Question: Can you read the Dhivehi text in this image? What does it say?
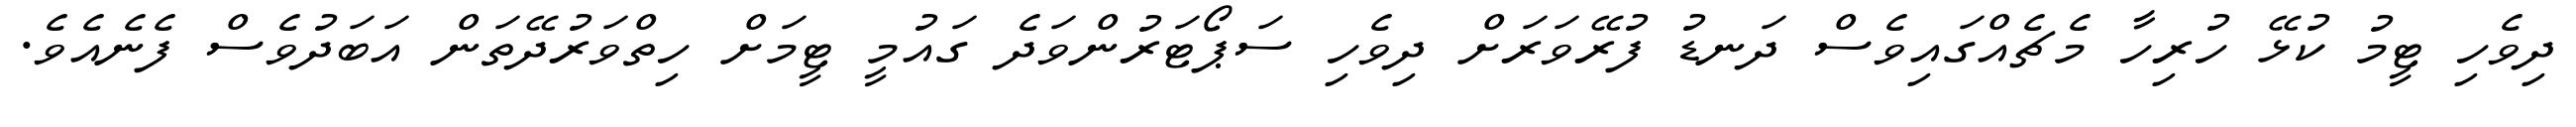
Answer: ދިވެހި ޓީމު ކުޅޭ ހުރިހާ މެޗެއްގައިވެސް ދަނޑު ފުރޭވަރަށް ދިވެހި ސަޕޯޓަރުންވަދެ ގައުމީ ޓީމަށް ހިތްވަރުދޭތަން އަބަދުވެސް ފެނެއެވެ.